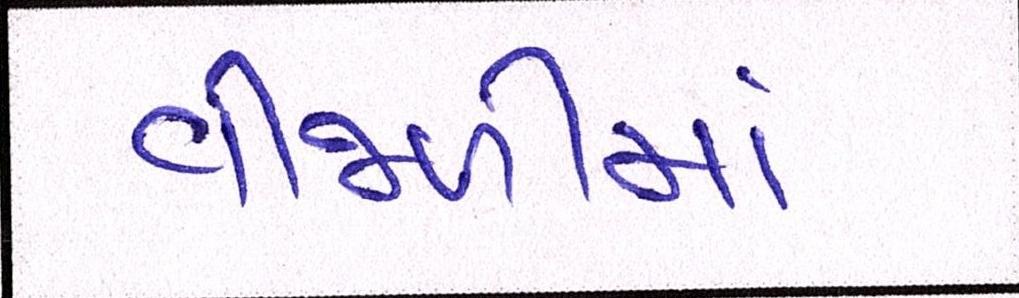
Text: વીજળીમાં